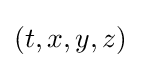
(t,x,y,z)